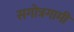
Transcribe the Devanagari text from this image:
सगोत्रगामी